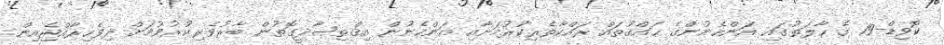
ކޮވިޑް-19 ގެ ހާލަތުގައި އަންހެނުންގެ ޙައްޤުތައް ރައްކާތެރިކުރުމަށާއި އަންހެނުން އިޤްތިޞާދީގޮތުން ބާރުވެރިކުރުވުމަށް ދިވެހިރާއްޖެއިން